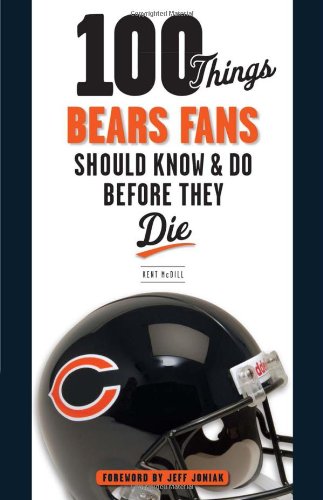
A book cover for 100 Things Bears Fans Should Know & Do Before They Die (100 Things...Fans Should Know); Kent McDill; Travel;